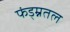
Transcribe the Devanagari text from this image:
फंड्म्नतल